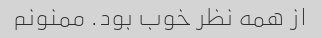
از همه نظر خوب بود. ممنونم